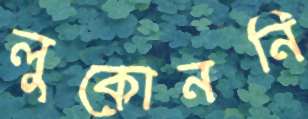
লুকোননি